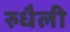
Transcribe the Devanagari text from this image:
रुधैली